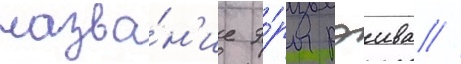
назва́н'ие э́ры рэива //